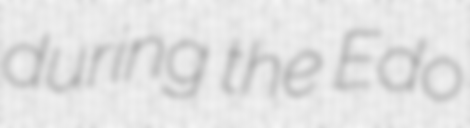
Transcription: during the Edo